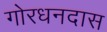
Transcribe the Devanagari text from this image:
गोरधनदास